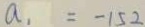
a _ { 1 } = - 1 5 2